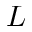
L